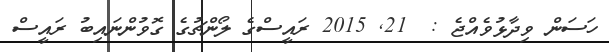
ހަސަން ވިދާޅުވެއްޖެ :  21